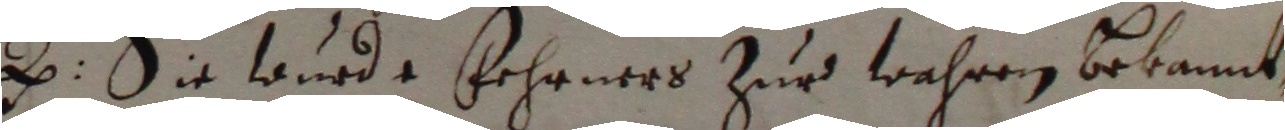
e. sie wurde fehrners zur wahren bekannt,